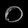
Digit: ၀